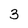
Character: 3